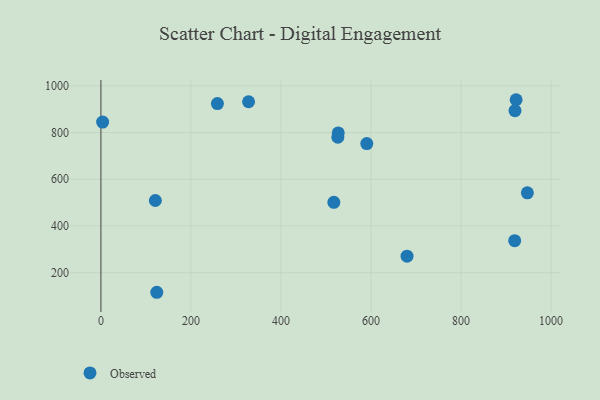
{"axis": {"x": "Engine Size", "y": "Salary"}, "legend": ["Observed"], "data": [{"x": "120.9", "y": 509.1, "type": "Observed"}, {"x": "526.3", "y": 779.8, "type": "Observed"}, {"x": "922.3", "y": 940.5, "type": "Observed"}, {"x": "947.3", "y": 542.1, "type": "Observed"}, {"x": "919.8", "y": 893.7, "type": "Observed"}, {"x": "590.6", "y": 752.9, "type": "Observed"}, {"x": "517.4", "y": 501.3, "type": "Observed"}, {"x": "258.8", "y": 924.1, "type": "Observed"}, {"x": "680.0", "y": 271.0, "type": "Observed"}, {"x": "3.8", "y": 844.9, "type": "Observed"}, {"x": "124.1", "y": 116.4, "type": "Observed"}, {"x": "328.0", "y": 931.8, "type": "Observed"}, {"x": "919.1", "y": 337.1, "type": "Observed"}, {"x": "527.2", "y": 798.4, "type": "Observed"}]}